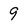
Character: 9